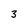
Character: 3